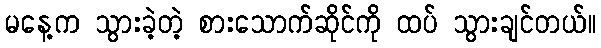
မနေ့က သွားခဲ့တဲ့ စားသောက်ဆိုင်ကို ထပ် သွားချင်တယ်။